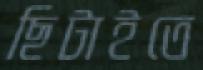
ছিটাইতে